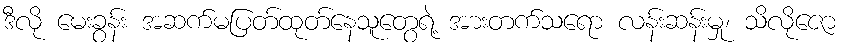
ဒီလို မေးခွန်း အဆက်မပြတ်ထုတ်နေသူတွေရဲ့ အားတက်သရော လန်းဆန်းမှု၊ သိလိုဇော